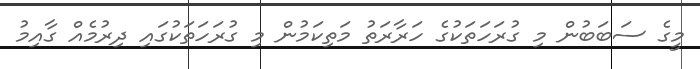
މީގެ ސަބަބުން މި ގުރަހަތަކުގެ ހަރާރަތު މަތިކަމުން މި ގުރަހަތަކުގައި ދިރުމެއް ގާއިމު